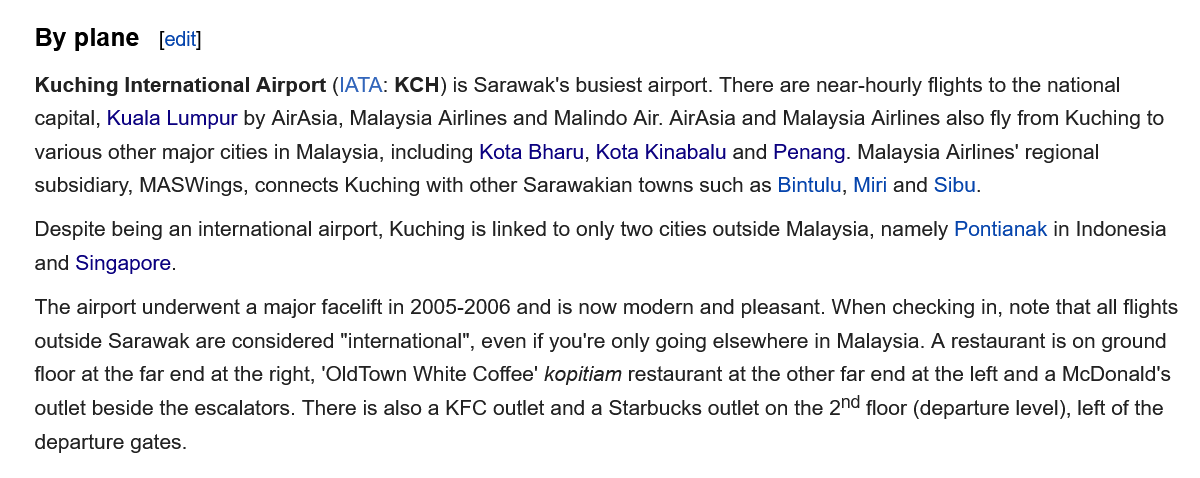
The airport underwent a major facelift in 2005-2006 and is now modern and pleasant. When checking in, note that all flights
    outside Sarawak are considered "international", even if you're only going elsewhere in Malaysia. A restaurant is on ground
    floor at the far end at the right, ‘OldTown White Coffee’ kopitiam restaurant at the other far end at the left and a McDonald's
    outlet beside the escalators. There is also a KFC outlet and a Starbucks outlet on the 2"4 floor (departure level), left of the
    departure gates.
    Despite being an international airport, Kuching is linked to only two cities outside Malaysia, namely Pontianak in Indonesia
    and Singapore.
    Kuching International Airport (IATA: KCH) is Sarawak's busiest airport. There are near-hourly flights to the national
    capital, Kuala Lumpur by AirAsia, Malaysia Airlines and Malindo Air. AirAsia and Malaysia Airlines also fly from Kuching to
    various other major cities in Malaysia, including Kota Bharu, Kota Kinabalu and Penang. Malaysia Airlines’ regional
    subsidiary, MASWings, connects Kuching with other Sarawakian towns such as Bintulu, Miri and Sibu.
    By  plane   [edit]